Lunatic asylums Punjab 1895-1910 - 1895-1910
Year: 1895
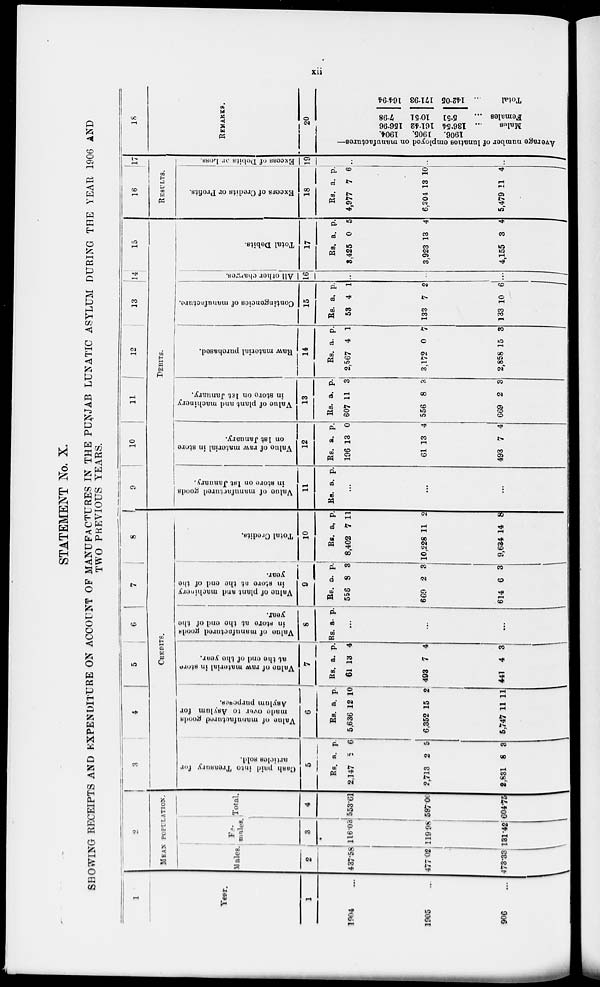
xii
STATEMENT No. X.
SHOWING RECEIPTS AND EXPENDITURE ON ACCOUNT OP MANUFACTURES IN THE PUNJAB LUNATIC ASYLUM DURING THE YEAR 1906 AND
TWO PREVIOUS YEARS.
1
Year.
1
1904 ...
1905 ...
1906 ...
2
MEAN POPULATION.
Males.
2
437.58
477.02
478.33
Females.
3
116.03
119.98
131.42
Total.
4
553.61
597.00
604.75
3
4
5
6
7
8
CREDITS.
Cash paid into Treasury for
articles sold.
5
Rs.
2,147
2,713
2,831
a.
5
2
8
p.
6
5
3
Value of manufactured goods
made over to Asylum for
Asylum purposes.
6
Rs.
5,636
6,352
5,747
a.
12
15
11
p.
10
2
11
Value
of raw material in store
at
the end of the year.
7
Rs.
61
493
441
a.
13
7
4
p.
4
4
3
Value of manufactured goods
in store at the end of the
year.
8
Rs.
a. p.
...
...
...
Value of plant and machinery
in store at the end of the
year.
9
Rs.
556
669
614
a.
3
2
6
p.
3
3
3
Total Credits.
10
Rs.
8,402
10,228
9,634
a.
7
11
14
p.
11
2
8
9
10
11
12
13
14
15
DEBITS.
Value of manufactured goods
in store on 1st January.
11
Rs. a.
p.
...
...
...
Value of raw material in store
on 1st January.
12
Rs.
196
61
493
a.
13
13
7
p.
0
4
4
Value of plant and machinery
in store on 1st January.
13
Rs.
607
556
669
a.
11
8
2
p.
3
3
3
Raw material purchased.
14
Rs.
2,567
3,172
2,858
a.
4
0
15
p.
1
7
3
Contingencies of manufacture.
15
Rs.
53
133
133
a.
4
7
10
p.
1
2
6
All other charges.
16
...
...
...
Total Debits.
17
Rs.
3,425
3,923
4,155
a.
0
13
3
p.
5
4
4
16
17
RESULTS.
Excess of Credits or Profits.
18
Rs.
4,977
6,304
5,479
a.
7
13
11
p.
6
10
4
Excess of Debits or Loss.
19
18
REMARKS.
20
Average number of lunatics employed on manuf
1904
1905
1906.
156.96
161.42
136.54
Males ...
7.98
10.51
5.51
Females ...
164.94
171.98
142.05
Total ...